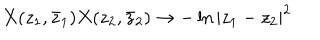
X ( z _ { 1 } , \bar { z } _ { 1 } ) X ( z _ { 2 } , \bar { z } _ { 2 } ) \rightarrow - \ln { | z _ { 1 } - z _ { 2 } | ^ { 2 } }